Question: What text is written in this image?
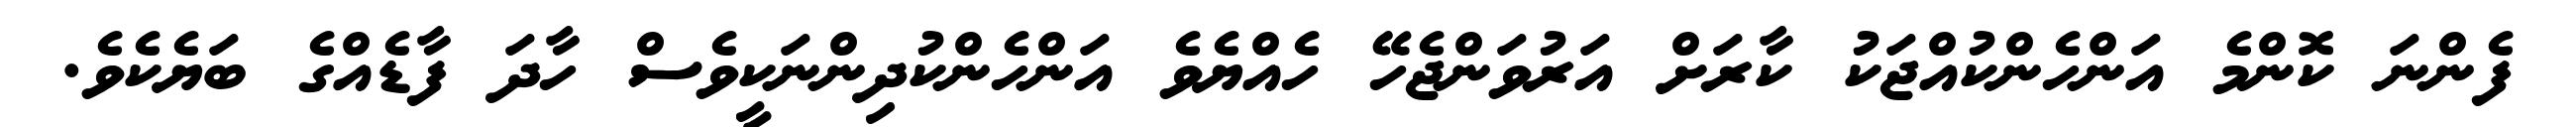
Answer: ފެންނަ ކޮންމެ އަންހެންކުއްޖަކު ކާރަށް އަރުވަންޖެހޭ ހެއްޔެވެ އަންހެންކުދިންނަކީވެސް ހާދަ ފާޑެއްގެ ބަޔެކެވެ.